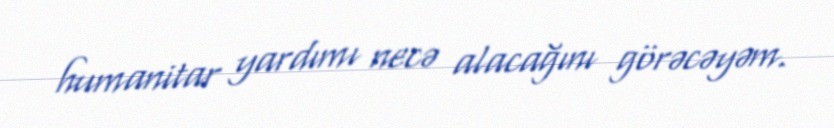
humanitar yardımı necə alacağını görəcəyəm.